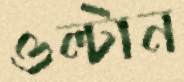
ওল্‌টান